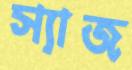
স্যাজ